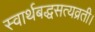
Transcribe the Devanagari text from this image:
स्वार्थबद्धसत्यव्रती।